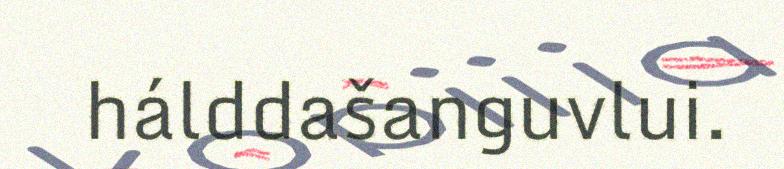
hálddašanguvlui.